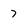
Character: 7